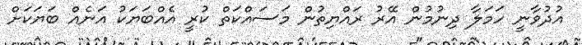
އުދުވާނީ ހަމަލާ ދިނުމުން އޭރު ރައްޔިތުން މަސައްކަތް ކުރީ އެއްބަޔަކު އަނެއް ބަޔަކަށް